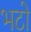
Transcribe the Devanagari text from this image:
भटो